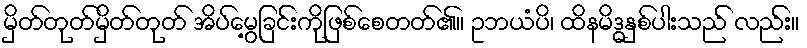
မှိတ်တုတ်မှိတ်တုတ် အိပ်မွေ့ခြင်းကိုဖြစ်စေတတ်၏။ ဥဘယံပိ၊ ထိနမိဒ္ဓနှစ်ပါးသည် လည်း။